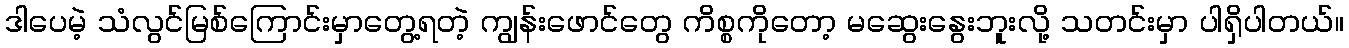
ဒါပေမဲ့ သံလွင်မြစ်ကြောင်းမှာတွေ့ရတဲ့ ကျွန်းဖောင်တွေ ကိစ္စကိုတော့ မဆွေးနွေးဘူးလို့ သတင်းမှာ ပါရှိပါတယ်။